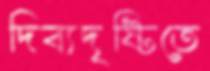
দিব্যদৃষ্টিতে